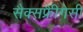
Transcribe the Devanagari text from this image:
सैक्सफ्रीैगेसी